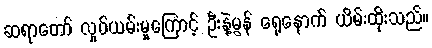
ဆရာတော် လှုပ်ယမ်းမှုကြောင့် ဦးနဲ့မွန် ရှေ့နောက် ယိမ်းထိုးသည်။